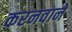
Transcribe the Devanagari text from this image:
करनवाने